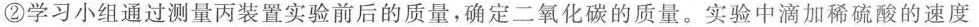
②学习小组通过测量丙装置实验前后的质量，确定二氧化碳的质量。实验中滴加稀硫酸的速度